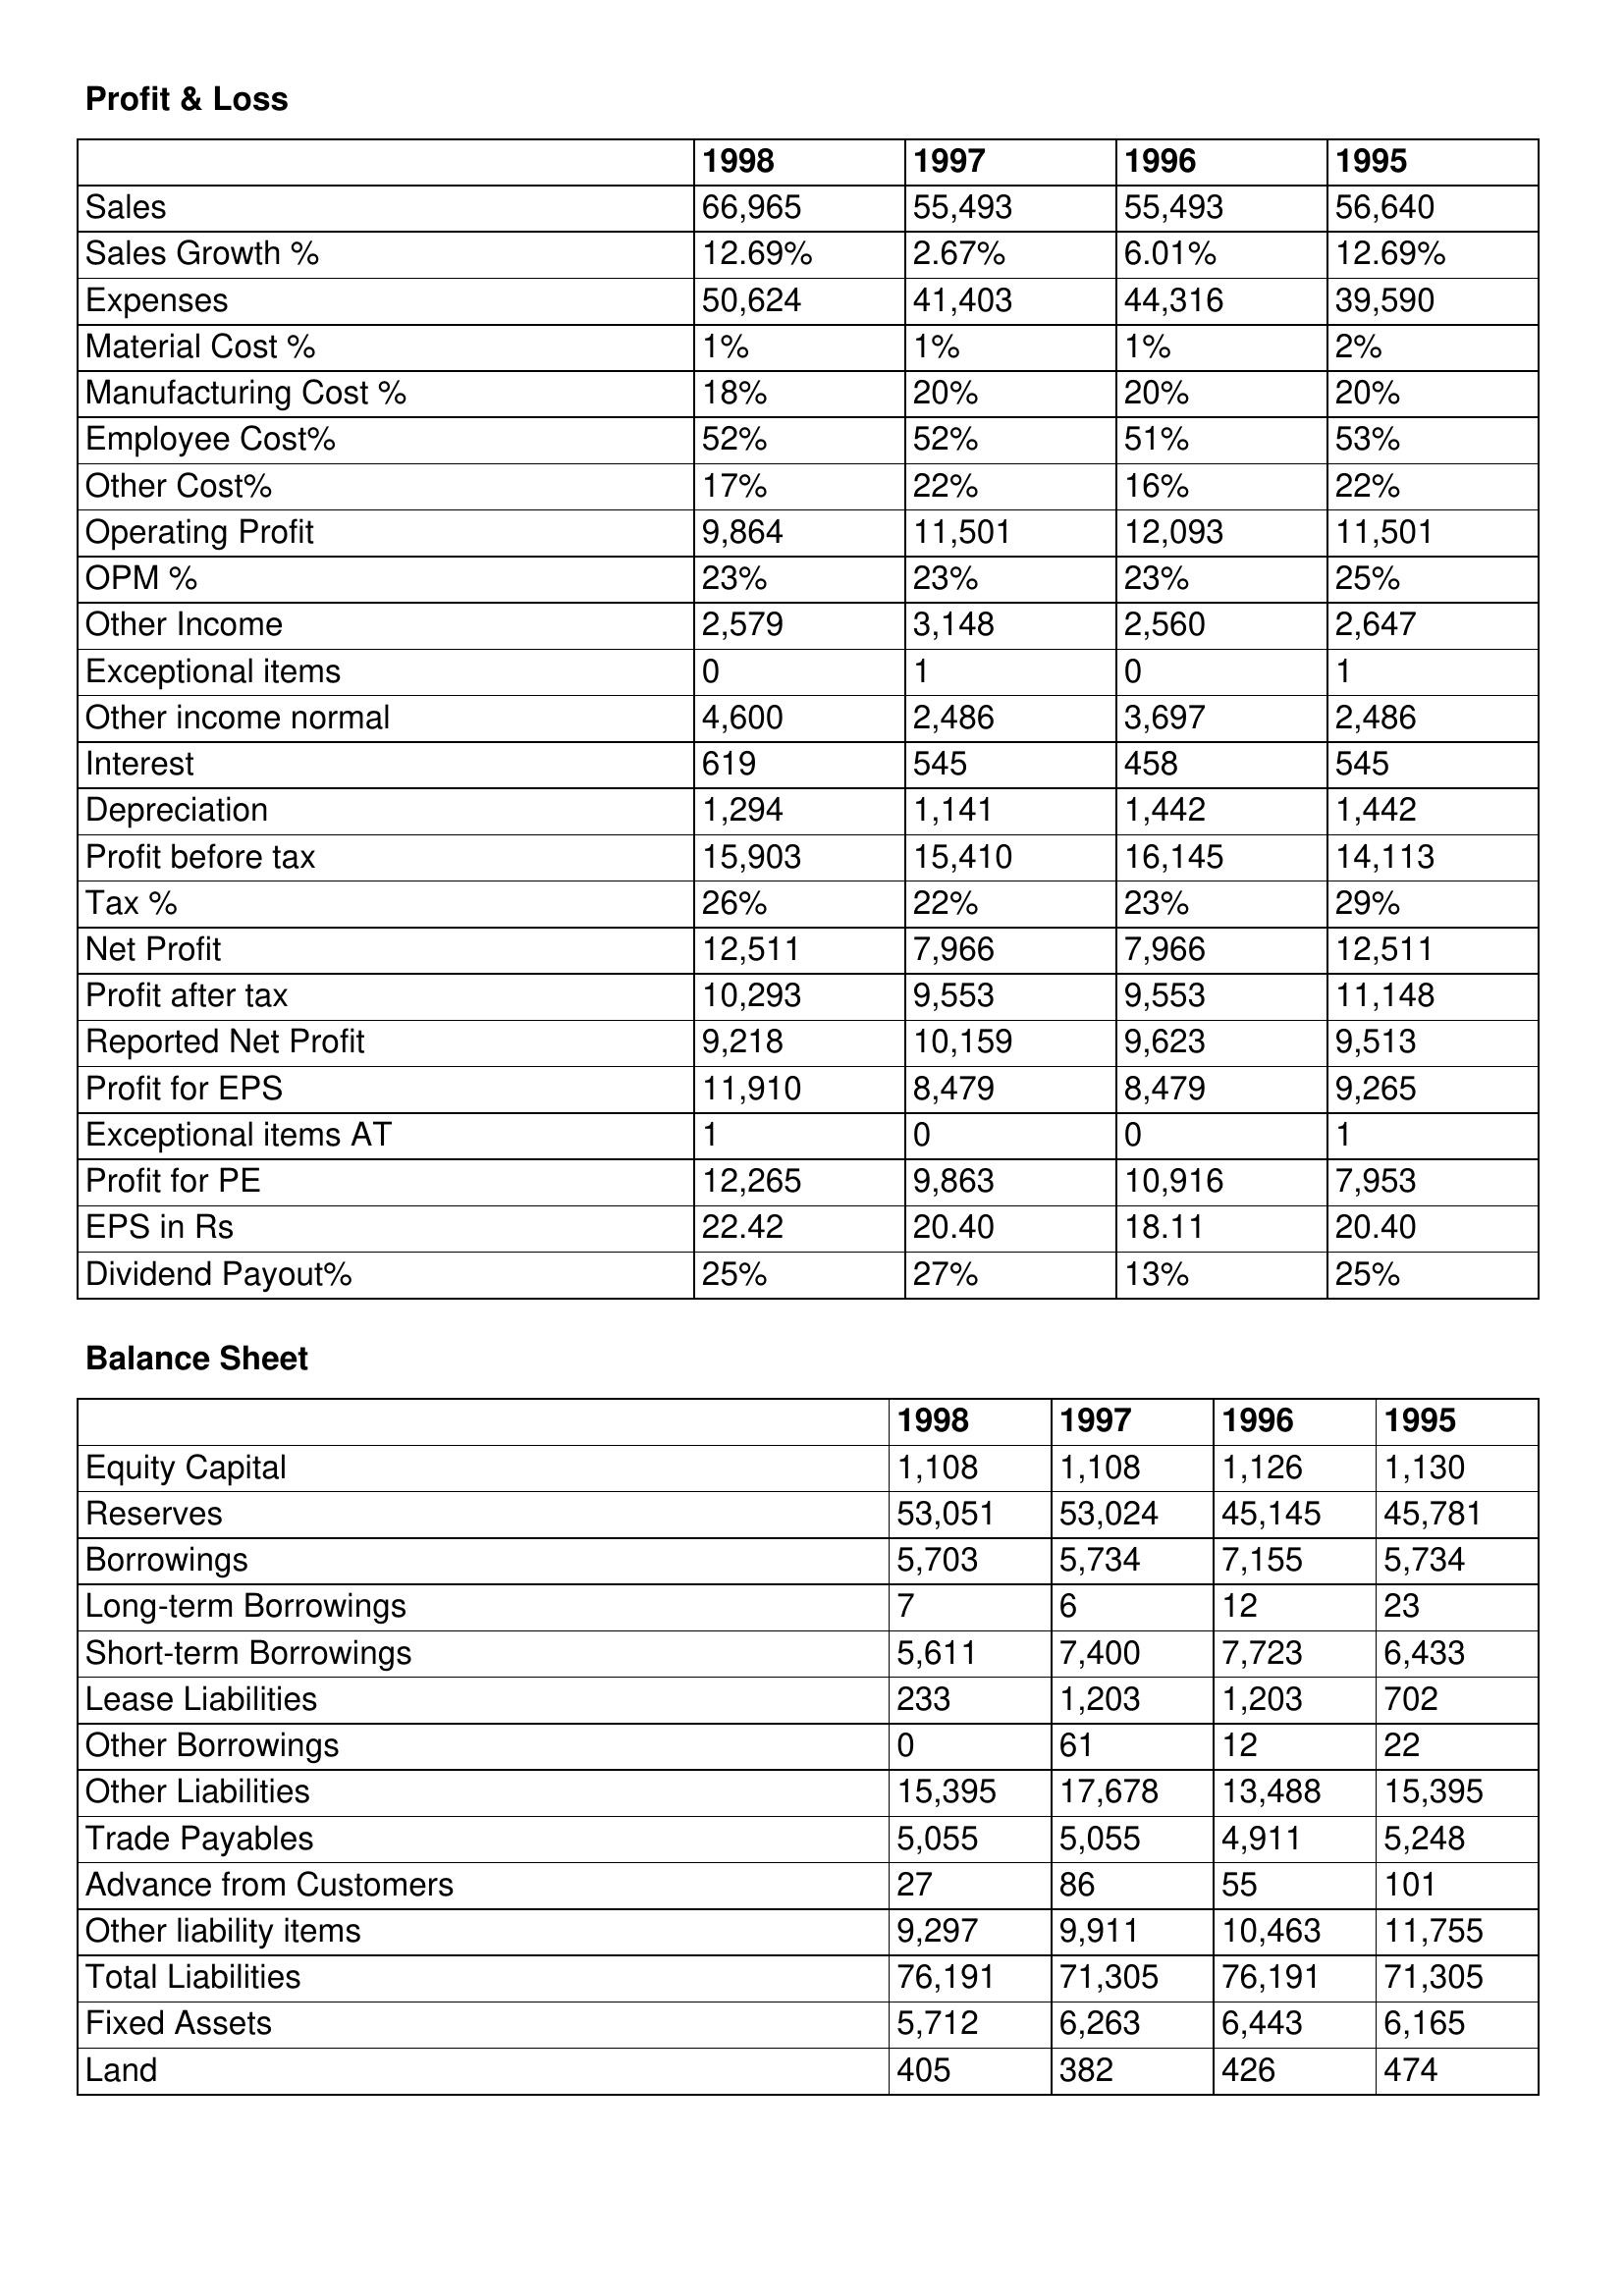
gt_parse: 1998: Profit & Loss: Sales: 66,965
Sales Growth %: 12.69%
Expenses: 50,624
Material Cost %: 1%
Manufacturing Cost %: 18%
Employee Cost%: 52%
Other Cost%: 17%
Operating Profit: 9,864
OPM %: 23%
Other Income: 2,579
Exceptional items: 0
Other income normal: 4,600
Interest: 619
Depreciation: 1,294
Profit before tax: 15,903
Tax %: 26%
Net Profit: 12,511
Profit after tax: 10,293
Reported Net Profit: 9,218
Profit for EPS: 11,910
Exceptional items AT: 1
Profit for PE: 12,265
EPS in Rs: 22.42
Dividend Payout%: 25%
Balance Sheet: Equity Capital: 1,108
Reserves: 53,051
Borrowings: 5,703
Long-term Borrowings: 7
Short-term Borrowings: 5,611
Lease Liabilities: 233
Other Borrowings: 0
Other Liabilities: 15,395
Trade Payables: 5,055
Advance from Customers: 27
Other liability items: 9,297
Total Liabilities: 76,191
Fixed Assets: 5,712
Land: 405
1997: Profit & Loss: Sales: 55,493
Sales Growth %: 2.67%
Expenses: 41,403
Material Cost %: 1%
Manufacturing Cost %: 20%
Employee Cost%: 52%
Other Cost%: 22%
Operating Profit: 11,501
OPM %: 23%
Other Income: 3,148
Exceptional items: 1
Other income normal: 2,486
Interest: 545
Depreciation: 1,141
Profit before tax: 15,410
Tax %: 22%
Net Profit: 7,966
Profit after tax: 9,553
Reported Net Profit: 10,159
Profit for EPS: 8,479
Exceptional items AT: 0
Profit for PE: 9,863
EPS in Rs: 20.40
Dividend Payout%: 27%
Balance Sheet: Equity Capital: 1,108
Reserves: 53,024
Borrowings: 5,734
Long-term Borrowings: 6
Short-term Borrowings: 7,400
Lease Liabilities: 1,203
Other Borrowings: 61
Other Liabilities: 17,678
Trade Payables: 5,055
Advance from Customers: 86
Other liability items: 9,911
Total Liabilities: 71,305
Fixed Assets: 6,263
Land: 382
1996: Profit & Loss: Sales: 55,493
Sales Growth %: 6.01%
Expenses: 44,316
Material Cost %: 1%
Manufacturing Cost %: 20%
Employee Cost%: 51%
Other Cost%: 16%
Operating Profit: 12,093
OPM %: 23%
Other Income: 2,560
Exceptional items: 0
Other income normal: 3,697
Interest: 458
Depreciation: 1,442
Profit before tax: 16,145
Tax %: 23%
Net Profit: 7,966
Profit after tax: 9,553
Reported Net Profit: 9,623
Profit for EPS: 8,479
Exceptional items AT: 0
Profit for PE: 10,916
EPS in Rs: 18.11
Dividend Payout%: 13%
Balance Sheet: Equity Capital: 1,126
Reserves: 45,145
Borrowings: 7,155
Long-term Borrowings: 12
Short-term Borrowings: 7,723
Lease Liabilities: 1,203
Other Borrowings: 12
Other Liabilities: 13,488
Trade Payables: 4,911
Advance from Customers: 55
Other liability items: 10,463
Total Liabilities: 76,191
Fixed Assets: 6,443
Land: 426
1995: Profit & Loss: Sales: 56,640
Sales Growth %: 12.69%
Expenses: 39,590
Material Cost %: 2%
Manufacturing Cost %: 20%
Employee Cost%: 53%
Other Cost%: 22%
Operating Profit: 11,501
OPM %: 25%
Other Income: 2,647
Exceptional items: 1
Other income normal: 2,486
Interest: 545
Depreciation: 1,442
Profit before tax: 14,113
Tax %: 29%
Net Profit: 12,511
Profit after tax: 11,148
Reported Net Profit: 9,513
Profit for EPS: 9,265
Exceptional items AT: 1
Profit for PE: 7,953
EPS in Rs: 20.40
Dividend Payout%: 25%
Balance Sheet: Equity Capital: 1,130
Reserves: 45,781
Borrowings: 5,734
Long-term Borrowings: 23
Short-term Borrowings: 6,433
Lease Liabilities: 702
Other Borrowings: 22
Other Liabilities: 15,395
Trade Payables: 5,248
Advance from Customers: 101
Other liability items: 11,755
Total Liabilities: 71,305
Fixed Assets: 6,165
Land: 474